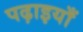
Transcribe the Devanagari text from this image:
पढ़ाइयाँ